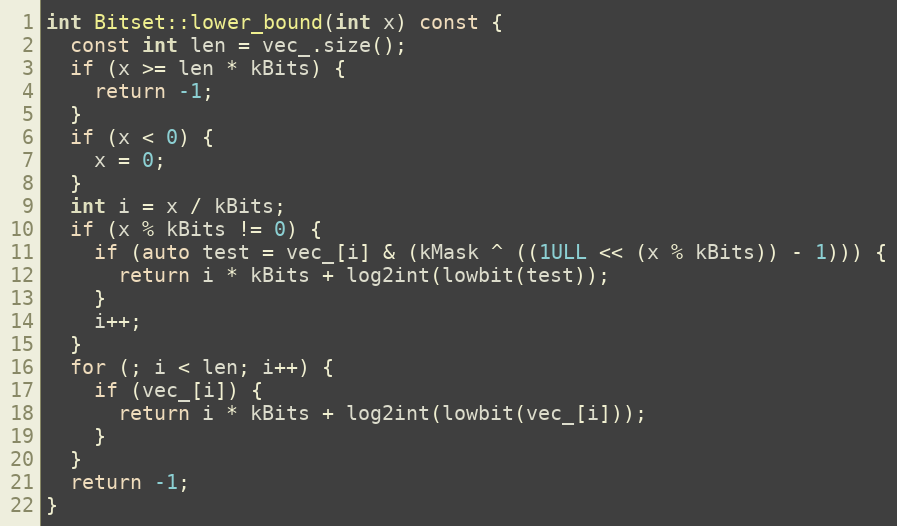
Language: C++
int Bitset::lower_bound(int x) const {
  const int len = vec_.size();
  if (x >= len * kBits) {
    return -1;
  }
  if (x < 0) {
    x = 0;
  }
  int i = x / kBits;
  if (x % kBits != 0) {
    if (auto test = vec_[i] & (kMask ^ ((1ULL << (x % kBits)) - 1))) {
      return i * kBits + log2int(lowbit(test));
    }
    i++;
  }
  for (; i < len; i++) {
    if (vec_[i]) {
      return i * kBits + log2int(lowbit(vec_[i]));
    }
  }
  return -1;
}